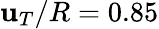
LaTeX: \mathbf{u}_{T}/R=0.85